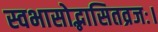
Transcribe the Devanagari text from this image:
स्वभासोद्भासितव्रजः।